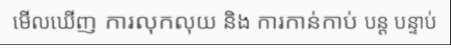
មើលឃើញ ការលុកលុយ និង ការកាន់កាប់ បន្ត បន្ទាប់